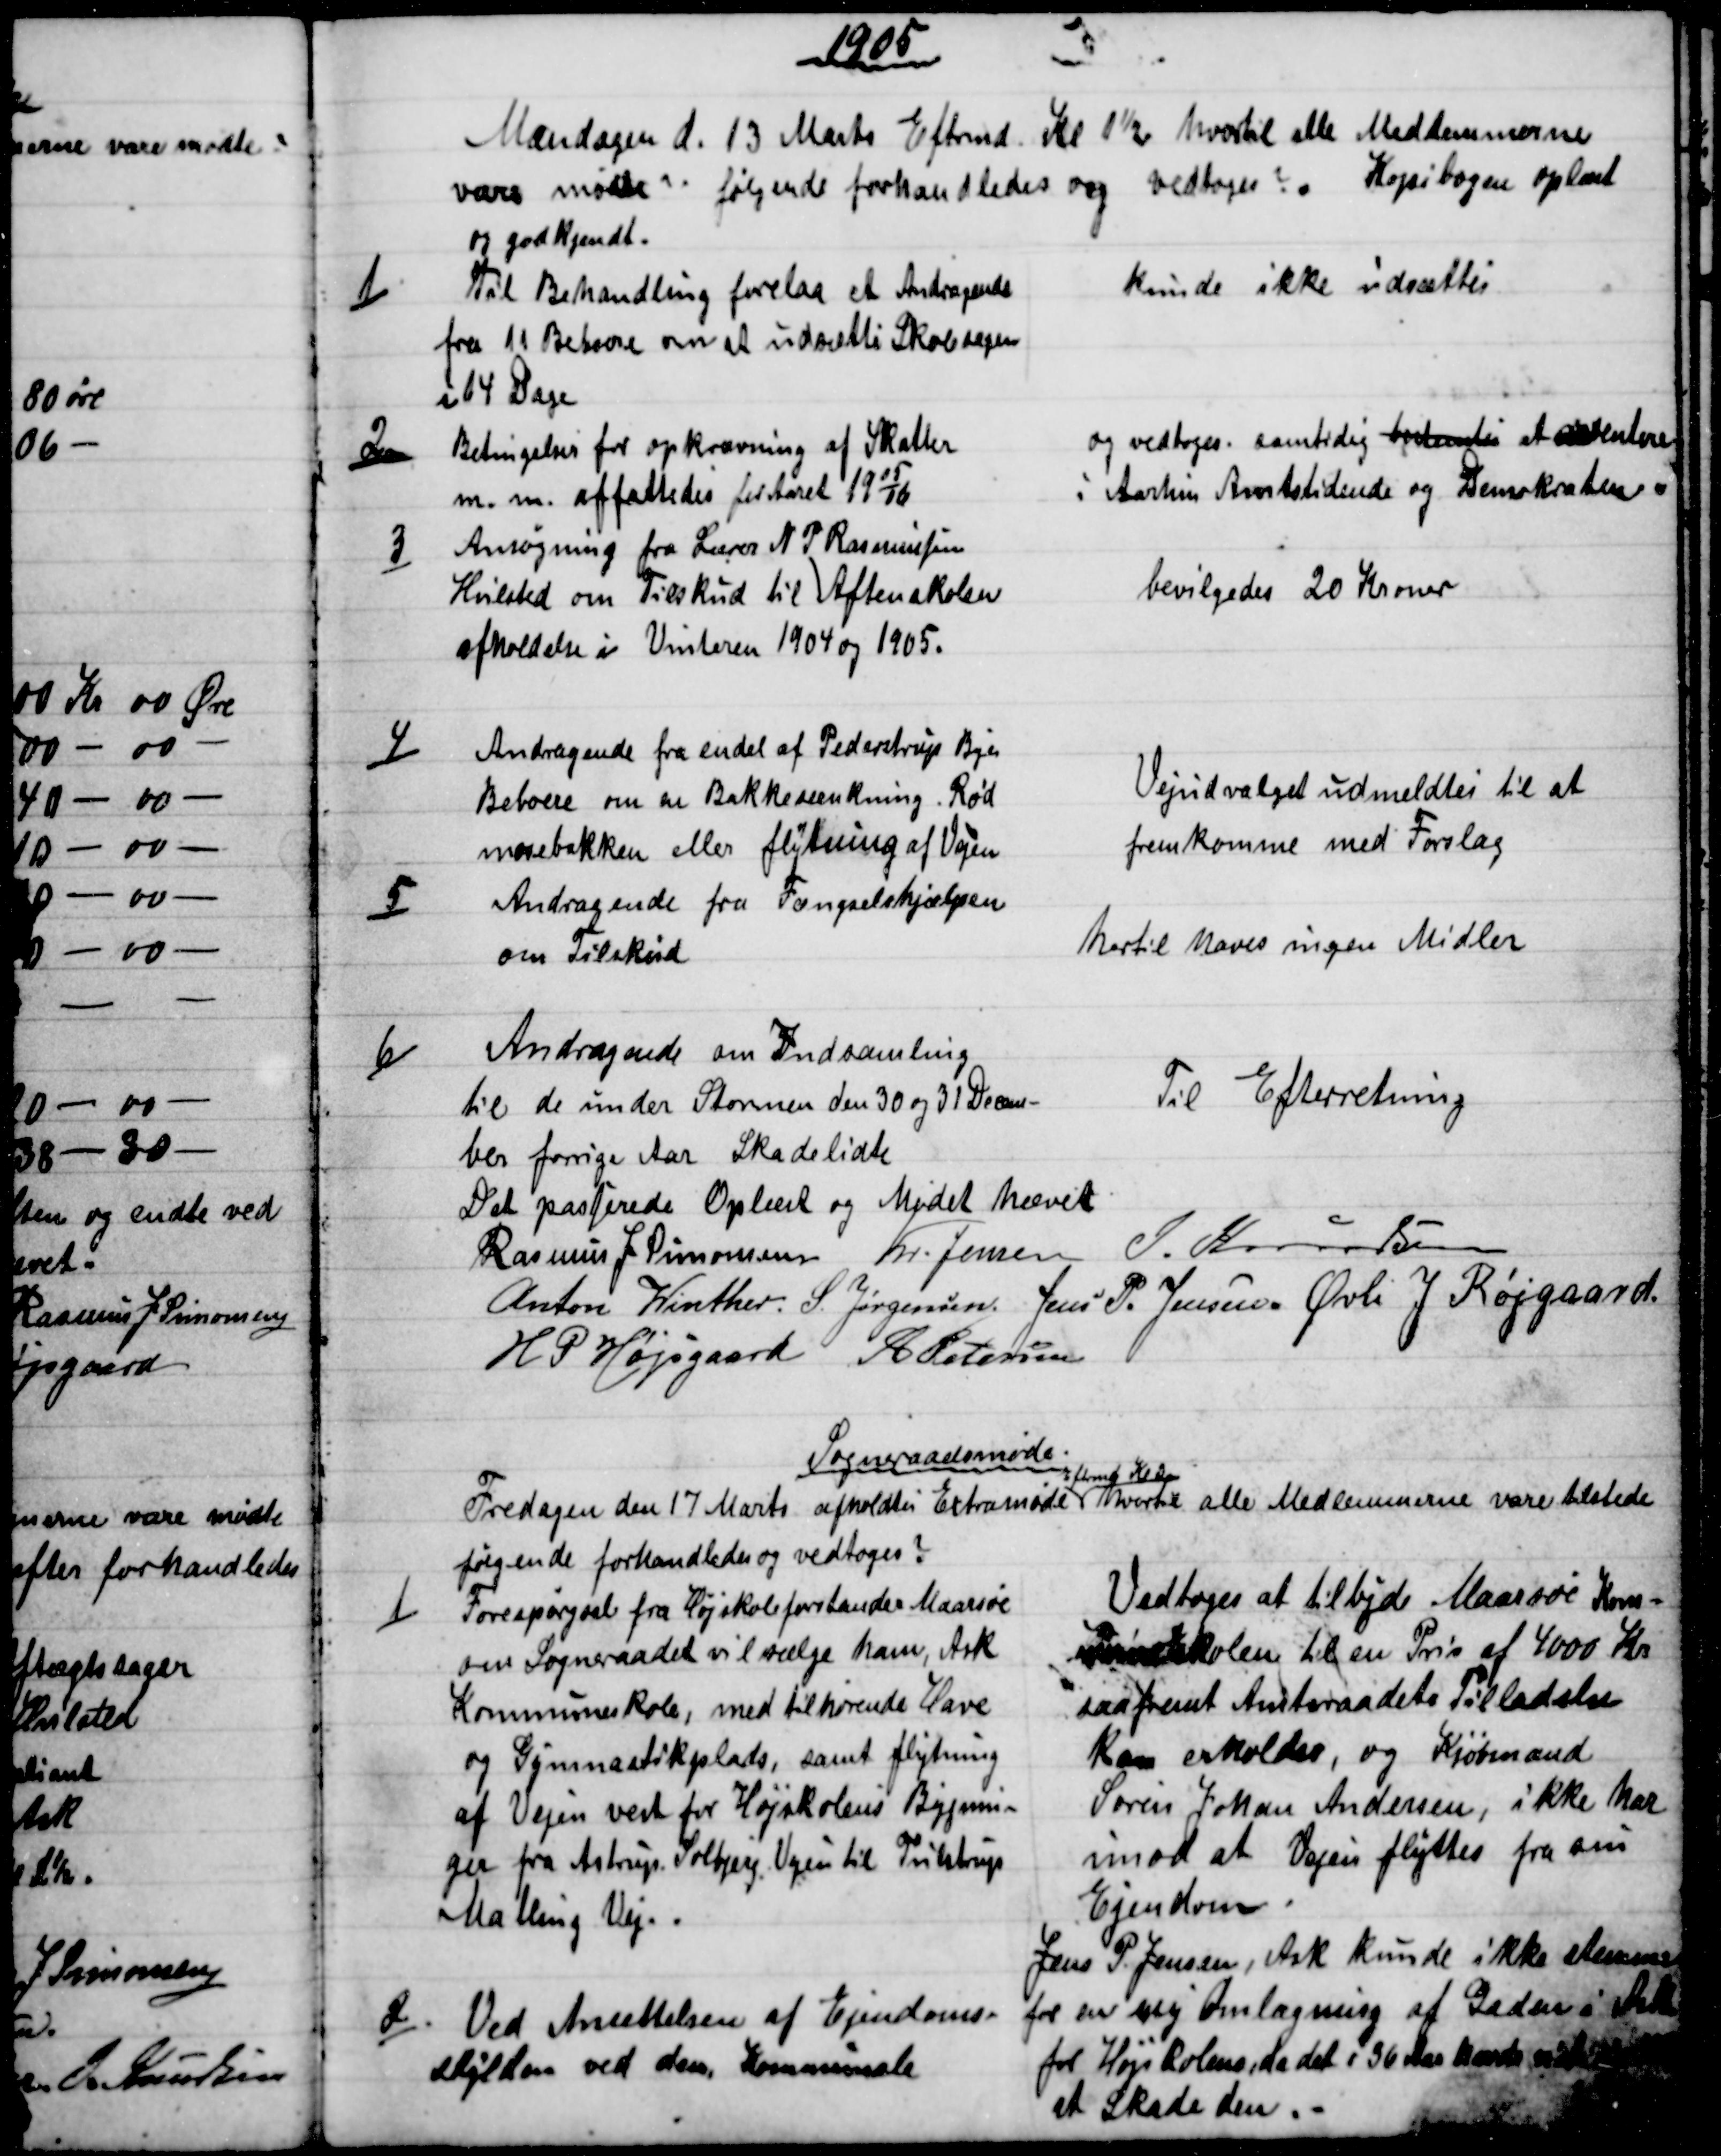
Transskription:
1905
Mandagen d. 13 Marts Eftmd Kl. 1½ hvortil alle Medlemmerne
vare mødte. følgende forhandledes og vedtoges ?. Kopibogen oplæst
og godkjendt.
1)
Til Behandling forelaa et Andragende
fra 11 Beboere om at udsætte Skolesagen
i 14 Dage
kunde ikke udsættes
2)
Betingelser for opkrævning af Skatter
m. m. affattedes for Aaret 1905/06
og vedtoges. samtidig bestemtes at aventere
i Aarhus Amtstidende og Demokraten.
3)
Ansøgning fra Lærer N P Rasmussen
Hvilsted om Tilskud til Aftenskolen
afholdelse i Vinteren 1904 og 1905.
bevilgedes 20 Kroner
4)
Andragende fra endel af Pederstrup Bys
Beboere om en Bakkesænkning. Rød
mosebakken eller flytning af Vejen
Vejudvalget udmeldtes til at
fremkomme med Forslag
5)
Andragende fra Fængselshjælpen
om Tilskud
hertil haves ingen Midler
6)
Andragende om Indsamling
til de under Stormen den 30 og 31 Decem-
ber forrige Aar Skadelidte
Til Efterretning
Det passerede Oplæst og Mødet hævet
Rasmus J Simonsen Kr. Jensen J. Knudsen
Anton Winther. S. Jørgensen. Jens P. Jensen. Øvli J Røjgaard.
H P Højsgaard A Petersen
Sogneraadsmøde
Fredagen den 17 Marts afholdtes Extramøde 
Eftermd Kl 2
hvortil alle Medlemmerne vare tilstede
følgende forhandledes og vedtoges ?
1)
Forespørgsel fra Højskoleforstander Maarsøe
om Sogneraadet vil sælge ham, Ask
Kommuneskole, med tilhørende Have
og Gymnastikplads, samt flytning
af Vejen vest for Højskolens Bygnin-
ger fra Astrup. Solbjerg Vejen til Tulstrup
Malling Vej.
Vedtoges at tilbyde Maarsøe Kom-
muneskolen til en Pris af 4000 Kr
saafremt Amtsraadets Tilladelse
kan erholdes, og Kjøbmand
Søren Johan Andersen, ikke har
imod at Vejen flyttes fra sin
Ejendom.
Jens P. Jensen, Ask kunde ikke stemme
for en ny Omlægning af Gaden i Ask
for Højskolens, da det i 36 Aar havde 
at Skade den.
2).
Ved Ansættelsen af Ejendoms -
skylden ved den Kommunale